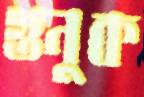
গুনুক